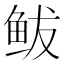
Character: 鲅